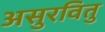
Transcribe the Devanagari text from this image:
असुरवितु